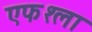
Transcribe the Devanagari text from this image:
एफ१ला